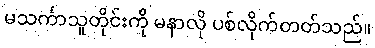
မသင်္ကာသူတိုင်းကို မနာလို ပစ်လိုက်တတ်သည်။